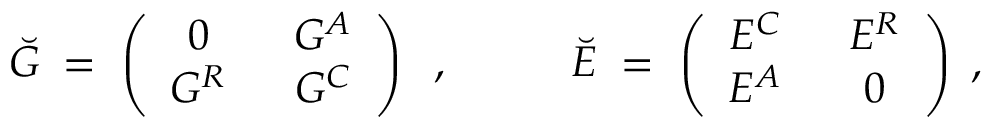
\breve { G } \; = \; \left( \begin{array} { c c } { { 0 \; } } & { { \; G ^ { A } } } \\ { { G ^ { R } \; } } & { { \; G ^ { C } } } \end{array} \right) \; \; , \; \; \; \; \; \; \; \; \; \; \breve { { \cal E } } \; = \; \left( \begin{array} { c c } { { { \cal E } ^ { C } \; } } & { { \; { \cal E } ^ { R } } } \\ { { { \cal E } ^ { A } \; } } & { { \; 0 } } \end{array} \right) \; ,